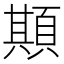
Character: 䫏